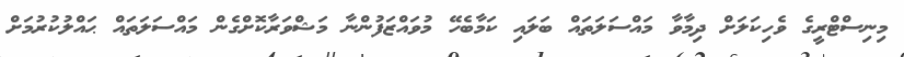
މިނިސްޓްރީގެ ވެހިކަލަށް ދިމާވާ މައްސަލަތައް ބަލައި ކަމާބެހޭ މުވައްޒަފުންނާ މަޝްވަރާކޮށްގެން މައްސަލަތައް ޙައްލުކުރުމަށް